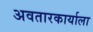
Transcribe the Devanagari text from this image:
अवतारकार्याला